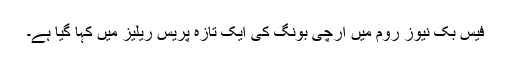
فیس بک نیوز روم میں آرچی بونگ کی ایک تازہ پریس ریلیز میں کہا گیا ہے۔